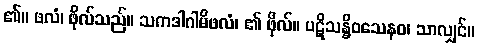
၏။ ဖလံ၊ ဖိုလ်သည်။ သကဒါဂါမိဖလံ၊ ၏ ဖိုလ်။ ပဋိသန္ဓိဝသေနဝ၊ သာလျှင်။